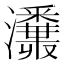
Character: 𤄪